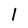
Character: l